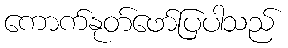
ကောက်နုတ်ဖော်ပြပါသည်